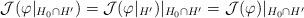
LaTeX: \begin{align*}\mathcal J (\varphi|_{H_0\cap H'})=\mathcal J(\varphi |_{H'})|_{H_0\cap H'} =\mathcal J(\varphi)|_{H_0\cap H'}\end{align*}